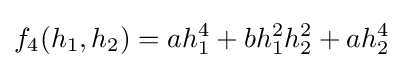
f_{4}(h_{1},h_{2})=ah_{1}^{4}+bh_{1}^{2}h_{2}^{2}+ah_{2}^{4}